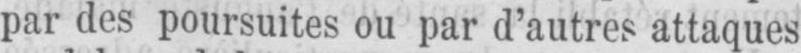
par des poursuites ou par d’autres attaques